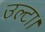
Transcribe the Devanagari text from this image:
उल्टा।